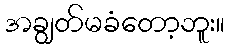
အချွတ်မခံတော့ဘူး။